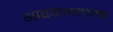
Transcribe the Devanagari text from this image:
भावनात्मबक